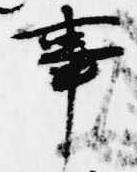
事